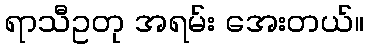
ရာသီဥတု အရမ်း အေးတယ်။